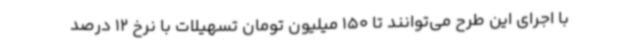
با اجرای این طرح می‌توانند تا 150 میلیون تومان تسهیلات با نرخ 12 درصد